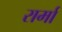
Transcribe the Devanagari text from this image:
रार्मा